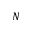
N